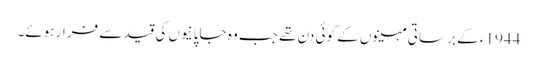
1944ء کے برساتی مہینوں کے کوئی دن تھے جب وہ جاپانیوں کی قید سے فرار ہوئے۔